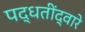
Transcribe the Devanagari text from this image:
पद्धतींद्वारे